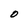
Character: O